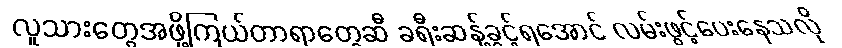
လူသားတွေအဖို့ကြယ်တာရာတွေဆီ ခရီးဆန့်ခွင့်ရအောင် လမ်းဖွင့်ပေးနေသလို